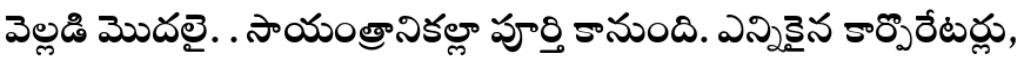
వెల్లడి మొదలై. . సాయంత్రానికల్లా పూర్తి కానుంది. ఎన్నికైన కార్పొరేటర్లు,